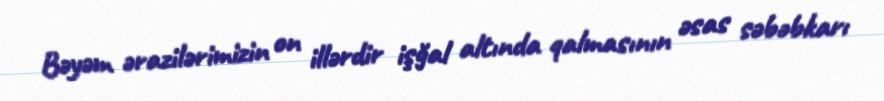
Bəyəm ərazilərimizin on illərdir işğal altında qalmasının əsas səbəbkarı